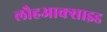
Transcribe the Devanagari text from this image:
लौहआक्साइड